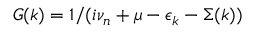
G ( k ) = 1 / ( i \nu _ { n } + \mu - \epsilon _ { k } - \Sigma ( k ) )